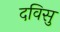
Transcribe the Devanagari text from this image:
दविसु